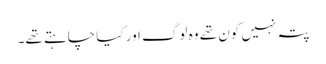
پتہ نہیں کون تھے وہ لوگ اور کیا چاہتے تھے۔